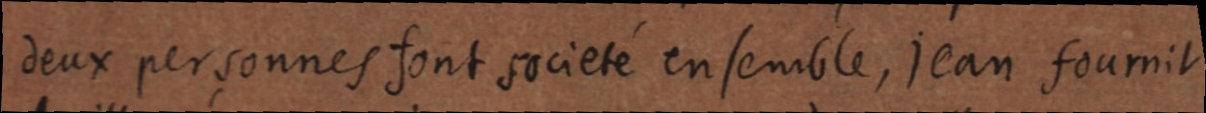
deux personnes font societé ensemble, jean fournit